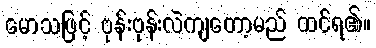
မောသဖြင့် ဗုန်းဗုန်းလဲကျတော့မည် ထင်ရ၏။